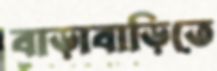
বাড়াবাড়িতে